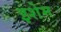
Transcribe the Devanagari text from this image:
इशेम